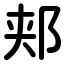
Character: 郏